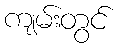
ကျမ်းတွင်